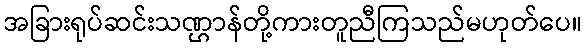
အခြားရုပ်ဆင်းသဏ္ဌာန်တို့ကားတူညီကြသည်မဟုတ်ပေ။